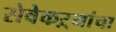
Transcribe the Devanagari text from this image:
सेवेकऱ्यांचा